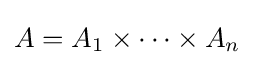
A=A_{1}\times \dots \times A_{n}